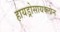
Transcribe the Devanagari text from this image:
हायड्रोसायक्लोन